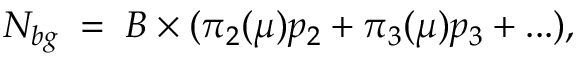
N _ { b g } \; = \; B \times ( \pi _ { 2 } ( \mu ) p _ { 2 } + \pi _ { 3 } ( \mu ) p _ { 3 } + . . . ) ,